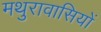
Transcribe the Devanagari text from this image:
मथुरावासियों